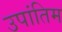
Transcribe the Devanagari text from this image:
उपांतिम